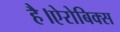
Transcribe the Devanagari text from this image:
है।ऐरोबिक्स